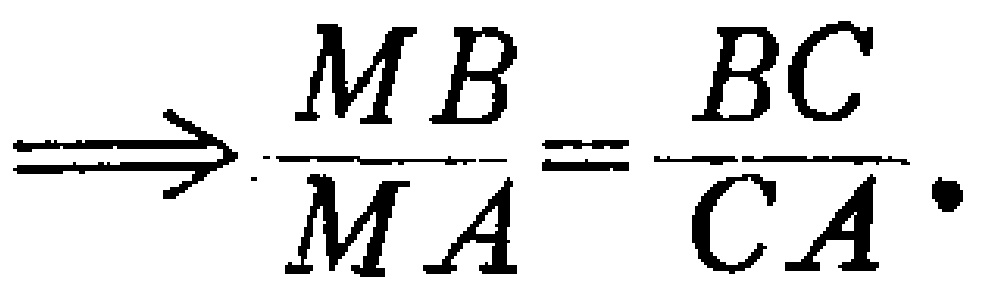
\[\Rightarrow \frac{MB}{MA}=\frac{BC}{CA}.\]